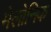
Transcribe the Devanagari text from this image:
मेलोनिक